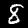
Digit: 8